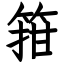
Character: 箝